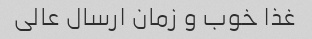
غذا خوب و زمان ارسال عالی